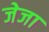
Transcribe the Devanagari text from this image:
जेजा